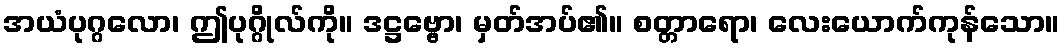
အယံပုဂ္ဂလော၊ ဤပုဂ္ဂိုလ်ကို။ ဒဋ္ဌဗ္ဗော၊ မှတ်အပ်၏။ စတ္တာရော၊ လေးယောက်ကုန်သော။